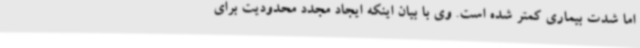
اما شدت بیماری کمتر شده است. وی با بیان اینکه ایجاد مجدد محدودیت برای